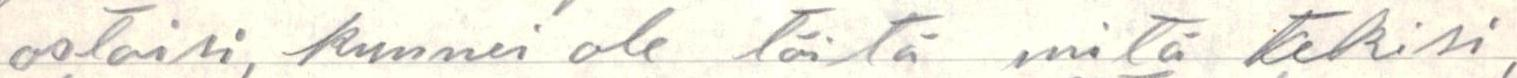
ostaisi, kunnei ole töitä mitä tekisi,